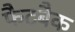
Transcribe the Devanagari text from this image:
फैटबैक